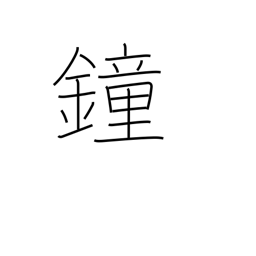
Meaning: gong